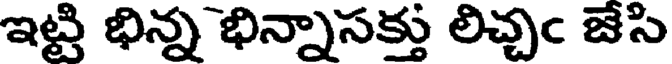
ఇట్టి భిన్న భిన్నాసక్తు లిచ్చఁ జేసి